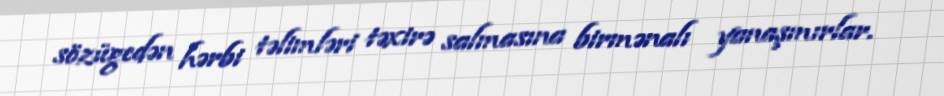
sözügedən hərbi təlimləri təxirə salmasına birmənalı yanaşmırlar.